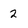
Character: 2